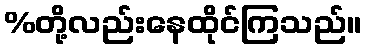
%တို့လည်းနေထိုင်ကြသည်။